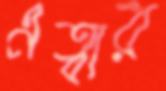
এত্বার